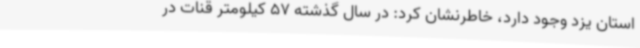
استان یزد وجود دارد، خاطرنشان کرد: در سال گذشته 57 کیلومتر قنات در